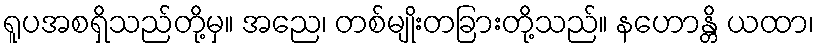
ရူပအစရှိသည်တို့မှ။ အညေ၊ တစ်မျိုးတခြားတို့သည်။ နဟောန္တိ ယထာ၊